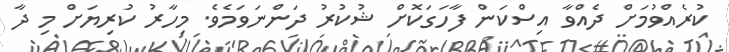
ކުރެއްވުމަށް ދެއްވާ އިސްކަން ފާހަގަކޮށް ޝުކުރު ދަންނަވަމެވެ. މިހާރު ކުރިޔަށް މި ދާ